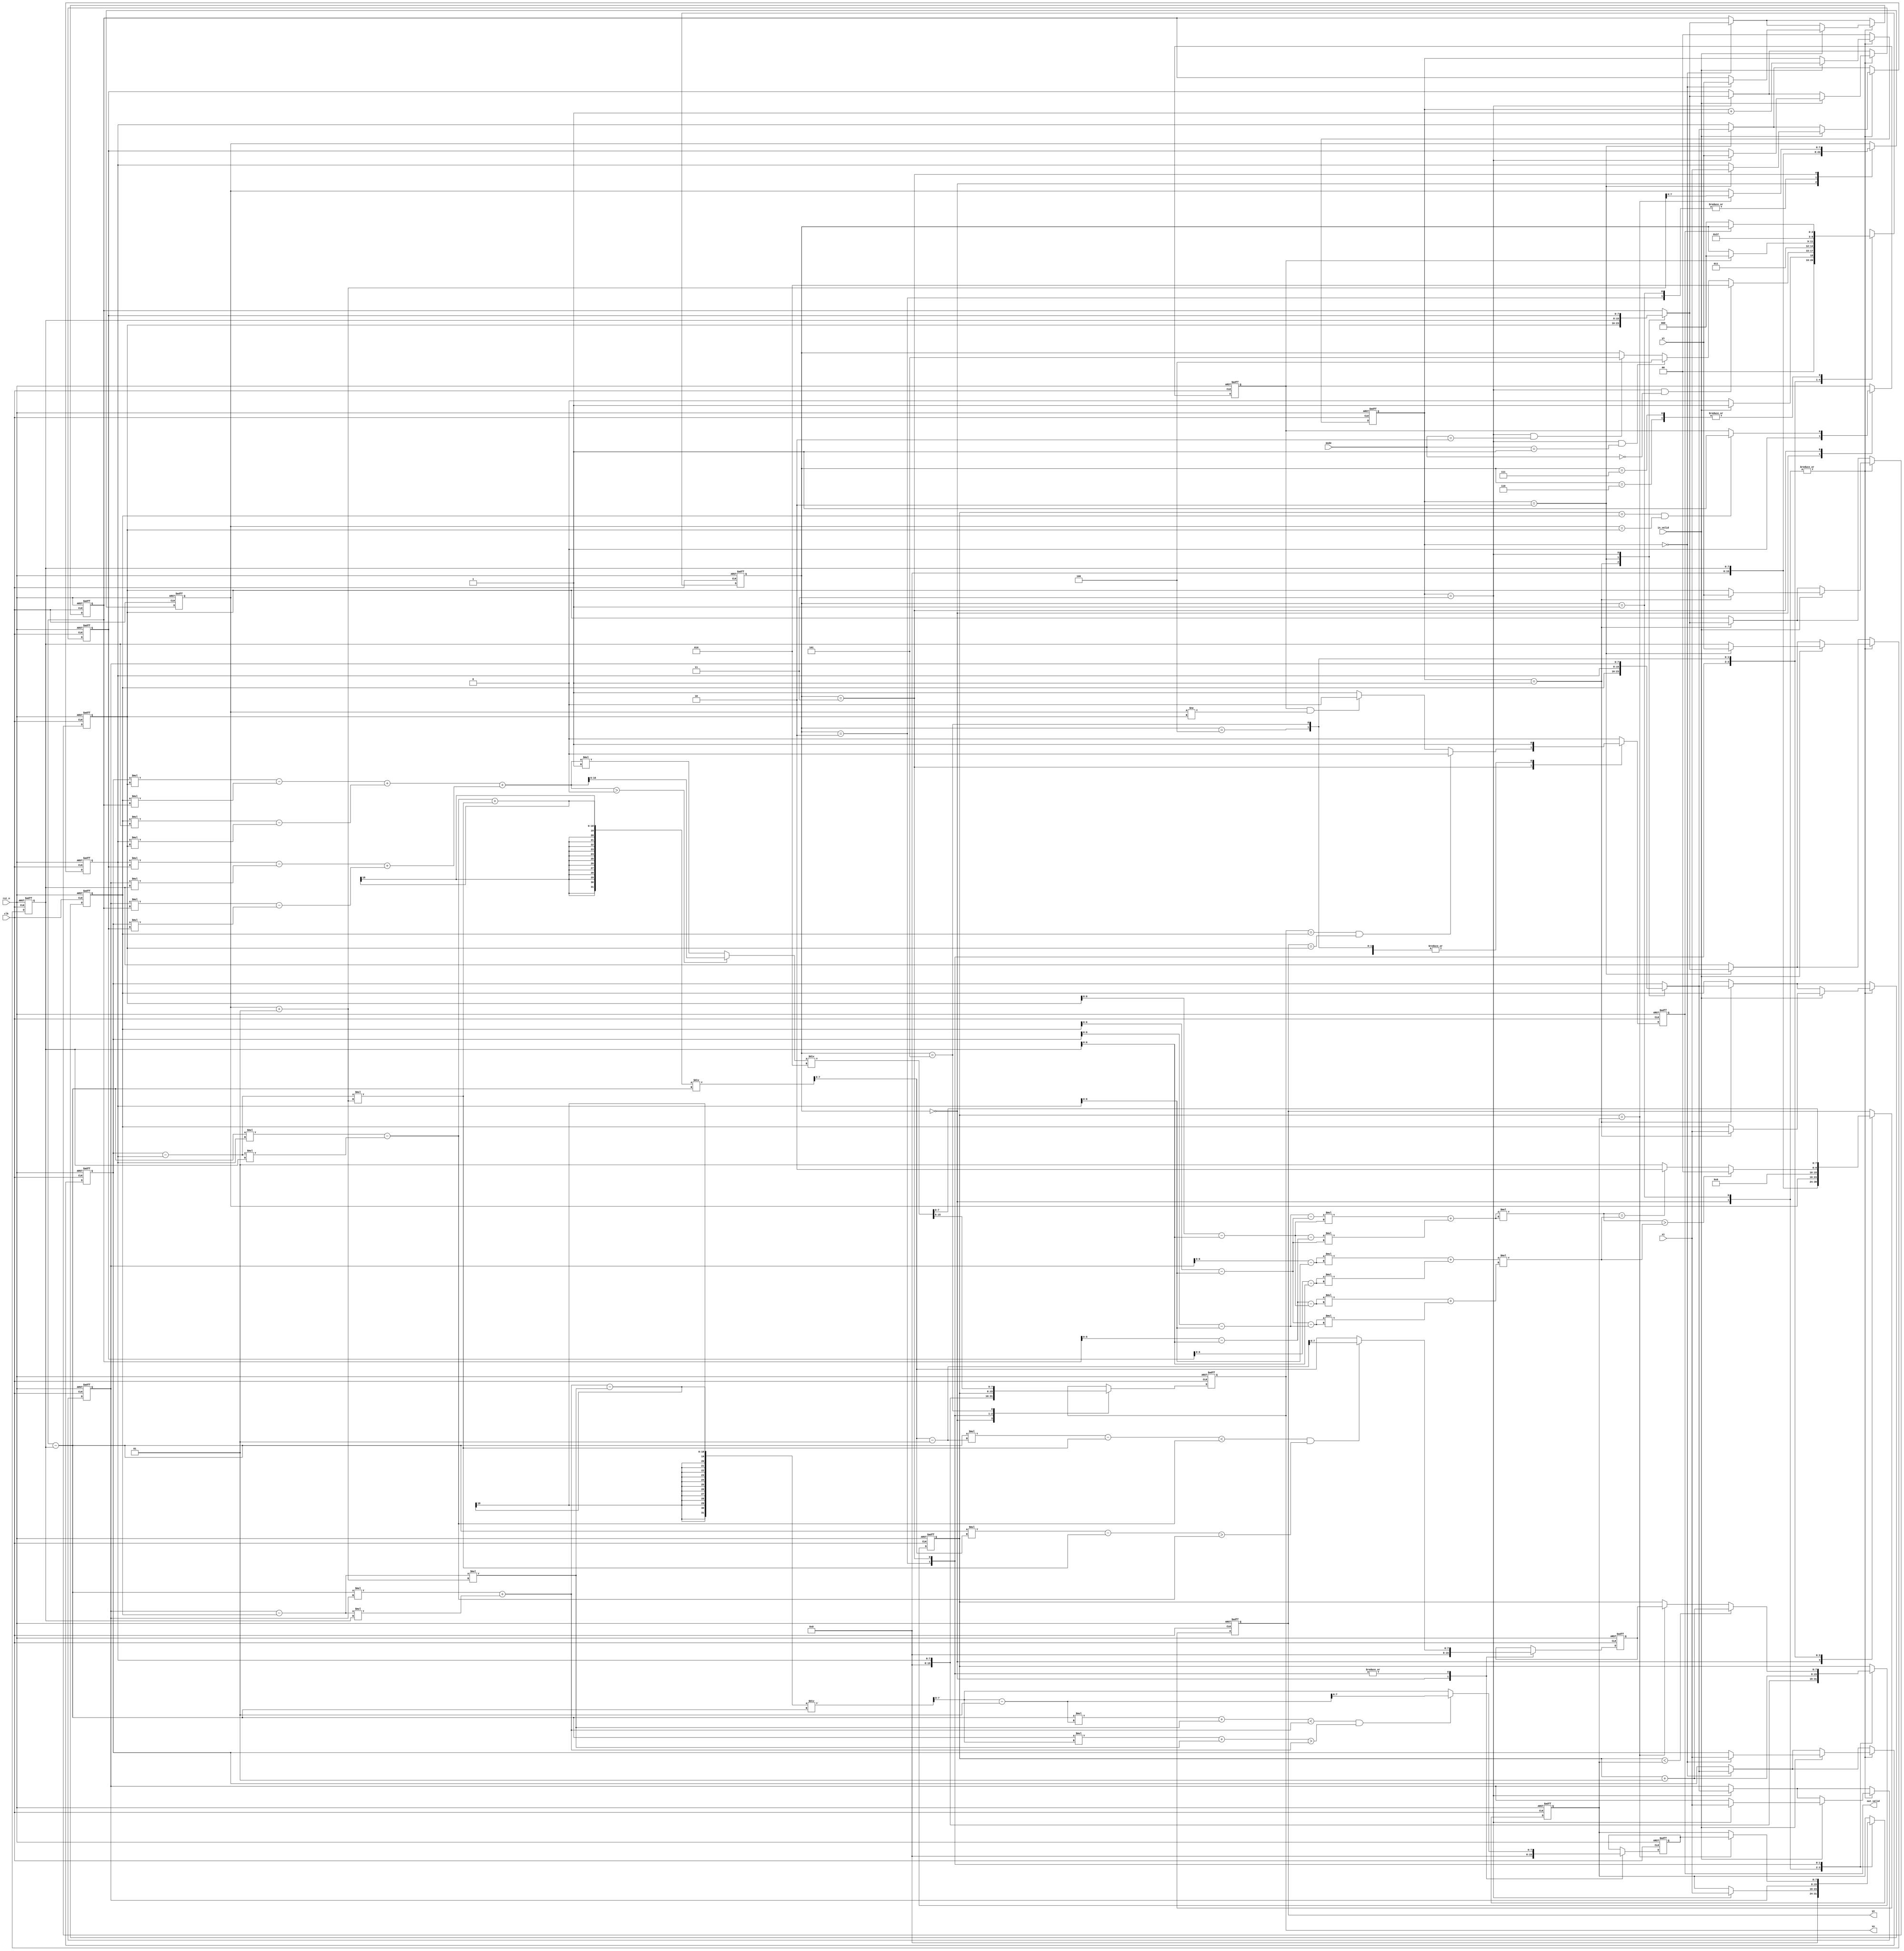
module CC(
    //Input Port
    clk,
    rst_n,
	in_valid,
	mode,
    xi,
    yi,

    //Output Port
    out_valid,
	xo,
	yo
    );

input               clk, rst_n, in_valid;
input       [1:0]   mode;
input       [7:0]   xi, yi;  

output reg          out_valid;
output reg  [7:0]   xo, yo;
//==============================================//
//             Parameter and Integer            //
//==============================================//

parameter IDLE  = 3'd0; 
parameter INPUT = 3'd1;
parameter MODE0 = 3'd2;
parameter CAL0 = 3'd3;
parameter MODE1 = 3'd4;
parameter MODE2 = 3'd5;
parameter OUTPUT = 3'd6;
parameter CAL2 = 3'd7;

integer i;

//==============================================//
//                 reg declaration              //
//==============================================//

reg [2:0] current_state, next_state;

//INPUT 
reg signed [7:0] in_x [0:3] ;
reg signed [7:0] in_y [0:3] ;
reg [1:0] cnt;

//MODE0
reg o_flag; // output finish
reg signed [7:0] xcnt, ycnt;
reg signed [7:0] cur_lb, cur_rb, next_lb, next_rb;
wire signed [31:0] c1, c2;
wire signed [7:0] t_lb, t_rb;



//MODE1
wire signed [6:0] circle_a, circle_b; // coef
wire signed [12:0] circle_c;
wire signed [24:0] distance;
wire signed [24:0] radius;
wire signed [6:0] new_ax, new_ay;
wire signed [6:0] new_bx, new_by;
wire signed [6:0] new_cx, new_cy;
wire signed [6:0] new_dx, new_dy;



//MODE2
wire signed [15:0] area0, area1, area2, area3;
wire signed [16:0] tmp_add1, tmp_add2;
wire signed [16:0] total;
wire signed [15:0] total_area;
//==============================================//
//            FSM State Declaration             //
//==============================================//

// current_state

always @(posedge clk, negedge rst_n) begin
    if(!rst_n)
        current_state <= IDLE;
    else
        current_state <= next_state;
end

//next_state comb

always @(*)begin
    case(current_state)
    IDLE: if(in_valid) next_state = INPUT;
            else next_state = IDLE;
    INPUT: if(cnt == 3'd3 && mode == 2'd0) next_state = MODE0;
            else if(cnt == 3'd3 && mode == 2'd1) next_state = MODE1;
            else if(cnt == 3'd3 && mode == 2'd2) next_state = MODE2;
            else next_state = current_state;
    MODE0: next_state = CAL0;
    CAL0: if (o_flag) next_state = IDLE;
            else next_state = current_state;
    MODE1: next_state = OUTPUT;
    OUTPUT: if (!out_valid) next_state = IDLE;
        else next_state = current_state;
    MODE2: next_state = CAL2;
    CAL2: if (!out_valid) next_state = IDLE;
        else next_state = current_state;
    default next_state = current_state;
    endcase

end

//cnt
always @(posedge clk, negedge rst_n) begin
    if(!rst_n) cnt <= 0;
    else begin
        case(current_state)
        IDLE: if(in_valid) cnt <= cnt + 1;
            else cnt <= cnt;
        INPUT: if(in_valid) cnt <= cnt + 1;
            else cnt <= cnt;
        default: cnt <= 0;
        endcase
    end

end



//==============================================//
//                  Input Block                 //
//==============================================//

//x_in
always @(posedge clk, negedge rst_n) begin
    if(!rst_n)
        for (i=0;i<4;i=i+1)begin
            in_x[i] <= 8'd0;
        end
    else
        case(current_state)
        IDLE: if(in_valid) in_x[cnt] <= xi;
            else in_x[cnt] <= in_x[cnt];
        INPUT: if(in_valid) in_x[cnt] <= xi;
            else in_x[cnt] <= in_x[cnt];
        default: in_x[cnt] <= in_x[cnt];
        endcase
end
//y_in
always @(posedge clk, negedge rst_n) begin
    if(!rst_n)
        for (i=0;i<4;i=i+1)begin
            in_y[i] <= 8'd0;
        end
    else
        case(current_state)
        IDLE: if(in_valid) in_y[cnt] <= yi;
            else in_y[cnt] <= in_y[cnt];
        INPUT: if(in_valid) in_y[cnt] <= yi;
            else in_y[cnt] <= in_y[cnt];
        default: in_y[cnt] <= in_y[cnt];
        endcase
end

//==============================================//
//              Calculation Block1              //
//==============================================//




always @(posedge clk, negedge rst_n)begin
    if (!rst_n) begin
        cur_lb<=0;
        cur_rb<=0;
    end
    else begin
        case(current_state)
        IDLE:begin
            cur_lb<=0;
            cur_rb<=0;
        end
        INPUT:
            if(cnt == 3) begin
                cur_lb <= in_x[2];
                cur_rb <= xi;
            end
            else begin
                cur_lb <= cur_lb;
                cur_rb <= cur_rb;
            end
            
        MODE0:begin 
            cur_lb <= in_x[2];
            cur_rb <= in_x[3];
        end
        CAL0: begin
           if(xcnt == cur_rb)begin
                cur_lb <= next_lb;
                cur_rb <= next_rb;
           end
           else begin
                cur_lb <= cur_lb;
                cur_rb <= cur_rb;
           end
        end
        default: begin
            cur_lb <= cur_lb;
            cur_rb <= cur_rb;
            end
        endcase

    end

end

wire signed [8:0] delta_y;
assign delta_y = in_y[0]-in_y[2];


assign c1 = delta_y*in_x[2]-(in_x[0]-in_x[2])*in_y[2];
assign c2 = delta_y*in_x[3]+(in_x[3]-in_x[1])*in_y[2];
assign t_lb = ((delta_y*in_x[2]-(in_x[0]-in_x[2])*in_y[2]) + (in_x[0]-in_x[2])*(ycnt+1))/delta_y;
assign t_rb = ((delta_y*in_x[3]+(in_x[3]-in_x[1])*in_y[2]) - (in_x[3]-in_x[1])*(ycnt+1))/delta_y;

always @(posedge clk, negedge rst_n)begin
    if (!rst_n) begin
        next_lb<=0;
        next_rb<=0;
    end
    else begin
        case(current_state)
        IDLE:begin
            next_lb<=0;
            next_rb<=0;
        end
        MODE0: begin
            if ( (in_y[0]-in_y[2])*(t_lb-1)-(in_x[0]-in_x[2])*(ycnt+1) < c1 && (in_y[0]-in_y[2])*(t_lb)-(in_x[0]-in_x[2])*(ycnt+1) > c1  ) begin
                next_lb <= (t_lb-1);
            end
            else begin
                next_lb <= t_lb;
            end
            
            if ( (in_y[0]-in_y[2])*(t_rb-1)+(in_x[3]-in_x[1])*(ycnt+1) < c2 && (in_y[0]-in_y[2])*(t_rb)+(in_x[3]-in_x[1])*(ycnt+1) > c2 )begin
                next_rb <= t_rb-1;
            end
            else begin
                next_rb <= t_rb;
            end
        end
        CAL0: begin
            if ( (in_y[0]-in_y[2])*(t_lb-1)-(in_x[0]-in_x[2])*(ycnt+1) < c1 && (in_y[0]-in_y[2])*(t_lb)-(in_x[0]-in_x[2])*(ycnt+1) > c1  ) begin
                next_lb <= (t_lb-1);
            end
            else begin
                next_lb <= t_lb;
            end
            
            if ( (in_y[0]-in_y[2])*(t_rb-1)+(in_x[3]-in_x[1])*(ycnt+1) < c2 && (in_y[0]-in_y[2])*(t_rb)+(in_x[3]-in_x[1])*(ycnt+1) > c2 )begin
                next_rb <= t_rb-1;
            end
            else begin
                next_rb <= t_rb;
            end
        
      

        end
        default: begin
            next_lb <= next_lb;
            next_rb <= next_rb;
            end
        endcase

    end

end


always @(posedge clk, negedge rst_n)begin
    if(!rst_n) xcnt <= 0;
    else begin
        case(current_state)
        IDLE: xcnt<=0;
        INPUT: xcnt <= in_x[2];
        MODE0: xcnt <= xcnt+1;
        CAL0: begin
            if(xcnt < cur_rb) xcnt <= xcnt +1;
            else if (xcnt == cur_rb) xcnt <= next_lb;
            else xcnt <= xcnt;
        end
        endcase


    end
end

always @(posedge clk, negedge rst_n)begin
    if(!rst_n) ycnt <= 0;
    else begin
        case(current_state)
        IDLE:ycnt<=0;
        INPUT: ycnt <= in_y[2];
        MODE0: ycnt <= in_y[2];
        CAL0: begin
            if (xcnt == cur_rb) ycnt <= ycnt + 1;
            else ycnt <= ycnt;
        end
        endcase

    end
end


always @(posedge clk , negedge rst_n)begin
    if(!rst_n) o_flag<=1'b0;
    else begin
        case(current_state)
        IDLE: o_flag <=0;
        CAL0: if(xcnt == in_x[1] && ycnt == in_y[1]) o_flag <= 1'b1;
            else o_flag <= o_flag;
        default: o_flag <= o_flag;
        endcase
    end
end

//==============================================//
//              Calculation Block2              //
//==============================================//




assign new_ax = in_x[0]-in_x[2];
assign new_ay = in_y[0]-in_y[2];

assign new_bx = in_x[1]-in_x[2];
assign new_by = in_y[1]-in_y[2];

assign new_cx = 0;
assign new_cy = 0;

assign new_dx = in_x[3]-in_x[2];
assign new_dy = in_y[3]-in_y[2];

assign circle_a = new_ay-new_by;
assign circle_b = new_bx-new_ax;
assign circle_c = (new_ax-new_bx)*new_by+(new_by-new_ay)*new_bx;

assign distance = circle_c*circle_c;
assign radius = ((new_dx*new_dx)+(new_dy*new_dy))*(circle_a*circle_a+circle_b*circle_b);



//==============================================//
//              Calculation Block3              //
//==============================================//
assign area0 = in_x[0]*in_y[1] - in_x[1]*in_y[0];
assign area1 = in_x[1]*in_y[2] - in_x[2]*in_y[1];
assign area2 = in_x[2]*in_y[3] - in_x[3]*in_y[2];
assign area3 = in_x[3]*in_y[0] - in_x[0]*in_y[3];

assign tmp_add1 = area0 + area1;
assign tmp_add2 = area2 + area3;
assign total = ((tmp_add1+tmp_add2) > 0)?(tmp_add1+tmp_add2):(tmp_add1+tmp_add2)*(-1);
assign total_area = total/2;


//==============================================//
//                Output Block                  //
//==============================================//








always @(posedge clk , negedge rst_n)begin
    if(!rst_n)begin
        xo<=8'd0;
    end
    else begin
        case(current_state)
        IDLE: xo<=0;
        MODE0: xo <= in_x[2];
        CAL0: begin
            xo <= xcnt;
        end
        MODE2: xo <= total_area[15:8];
        default: xo<=xo;
        endcase
    end

end

always @(posedge clk , negedge rst_n)begin
    if(!rst_n)begin
        yo<=8'd0;
    end
    else begin
       case(current_state)
       IDLE: yo<=0;
        MODE0: yo<=in_y[2];
        CAL0:  yo <= ycnt;
        MODE1: if(distance > radius) yo <= 0;
            else if (distance == radius) yo <= 2;
            else yo <= 1; 
        MODE2: yo <= total_area[7:0];    
        default: yo <= yo;
        endcase
    end

end

always @(posedge clk , negedge rst_n)begin
    if(!rst_n) out_valid<=1'b0;
    else begin
        case(current_state)
        MODE0: out_valid<=1;
        CAL0: begin
                if(xo == in_x[1] && yo == in_y[1]) out_valid <=1'b0;
                else if(o_flag ==1 && ycnt != in_y[1]) out_valid <= 1'b0;
                else out_valid <= 1;
            end
        MODE2: out_valid <= 1'b1;
        MODE1: out_valid<=1'b1;
        OUTPUT: out_valid<=1'b0;
        CAL2: out_valid <= 1'b0;
        default: out_valid <= 0;
        endcase
    end
end






endmodule